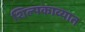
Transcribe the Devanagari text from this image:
शिल्पकाव्यात